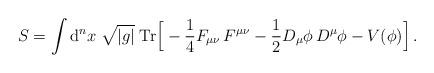
LaTeX: \begin{align*} S = \int \mathrm{d}^n x\;\sqrt{|g|}\;\mathrm{Tr} \Big[ -\frac{1}{4} F_{\mu\nu}\, F^{\mu\nu}- \frac{1}{2} {D}_\mu\phi \, {D}^\mu\phi - V(\phi)\Big]\,.\end{align*}